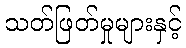
သတ်ဖြတ်မှုများနှင့်